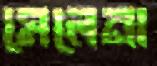
মেলেনা